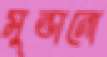
মুন্ডানো